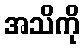
အသိကို